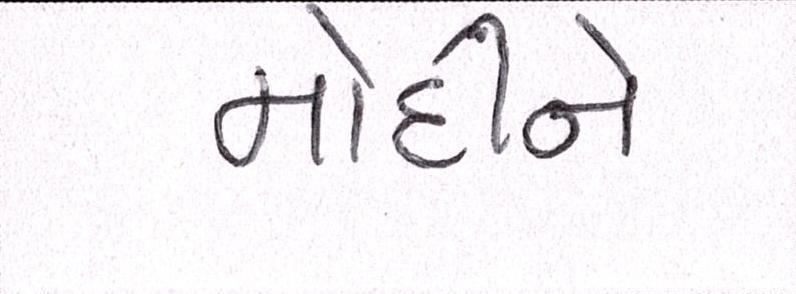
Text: મોદીને